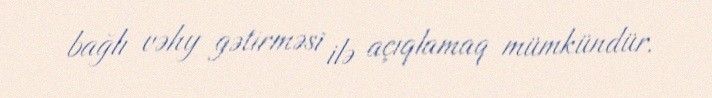
bağlı vəhy gətirməsi ilə açıqlamaq mümkündür.